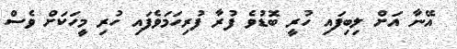
އޭނާ އަށް ލިބިފައި ހުރީ ބޮޑުވެ ފުރާ ފުރިހަމަވެފައި ހުރި މީހަކަށް ވެސް